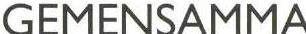
GEMENSAMMA